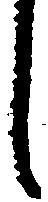
し